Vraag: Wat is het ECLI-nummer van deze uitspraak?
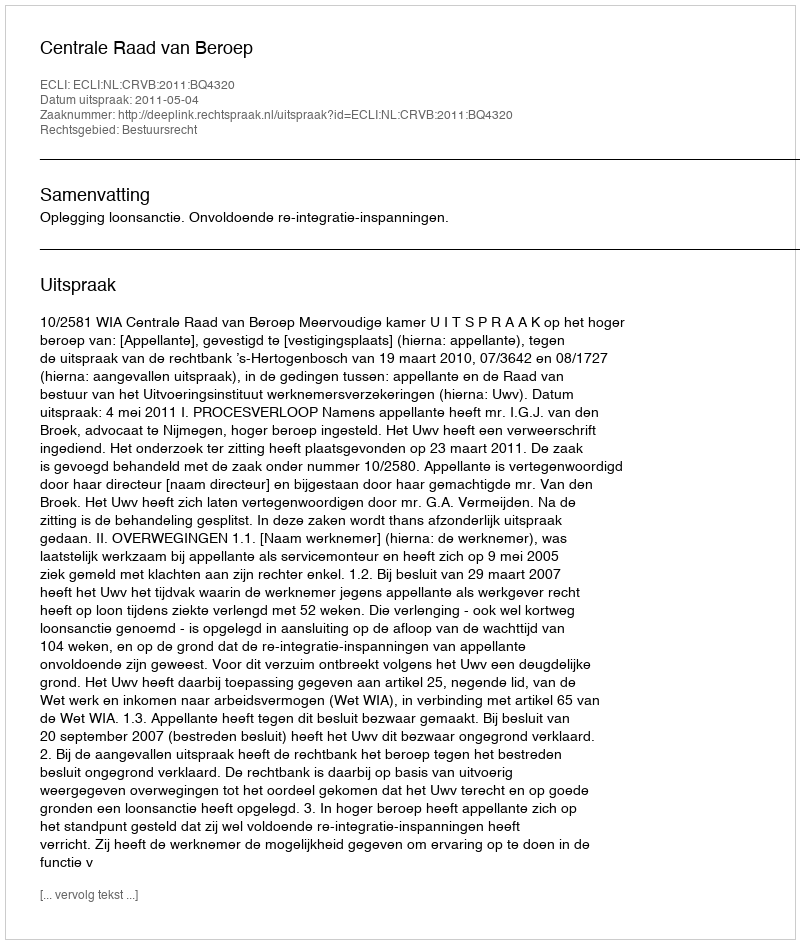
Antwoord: ECLI:NL:CRVB:2011:BQ4320